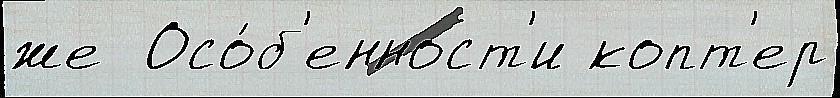
же  Осо́б'енност'и копт'ер